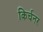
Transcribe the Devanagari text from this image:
किर्चनर